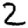
Digit: 2